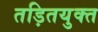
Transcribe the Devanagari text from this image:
तड़ितयुक्त